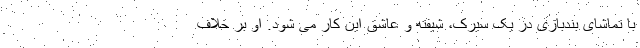
با تماشای بندبازی در یک سیرک، شیفته و عاشق این کار می شود. او بر خلاف